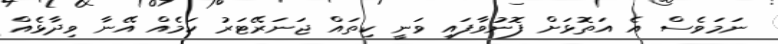
ނަމަވެސް އެ އަތޮޅަށް ފޮނުވާފައި ވަނީ ކިތައް ޖަނަރޭޓަރު ކަމެއް އޭނާ ވިދާޅެއް